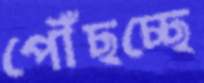
পৌঁছচ্ছে